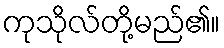
ကုသိုလ်တို့မည်၏။